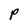
Character: P